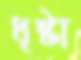
ধৃষ্টা